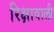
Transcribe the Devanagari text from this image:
रिक्षावाली